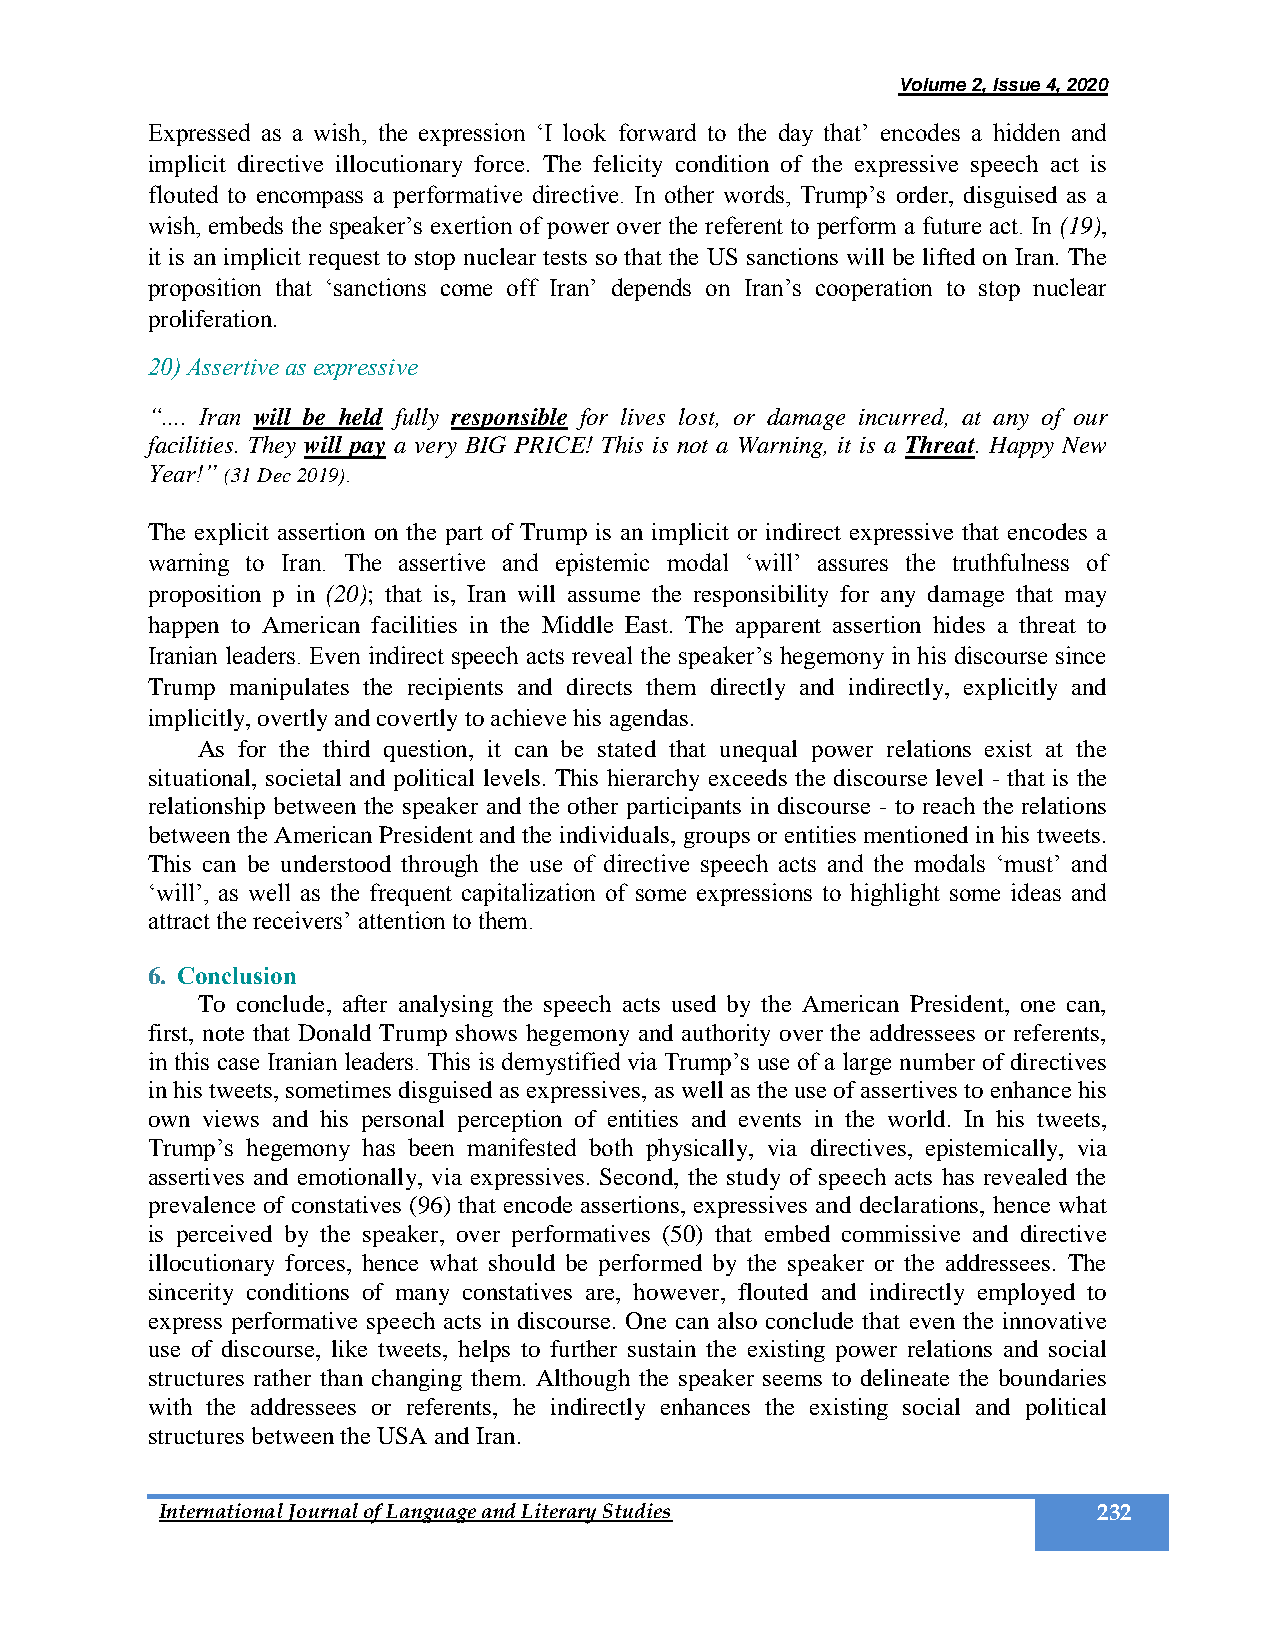
Volume 2, Issue 4, 2020
 Expressed as a wish, the expression ‘I look forward to the day that’ encodes a hidden and
 implicit directive illocutionary force. The felicity condition of the expressive speech act is
 flouted to encompass a performative directive. In other words, Trump’s order, disguised as a
 wish, embeds the speaker’s exertion of power over the referent to perform a future act. In (19),
 it is an implicit request to stop nuclear tests so that the US sanctions will be lifted on Iran. The
 proposition that ‘sanctions come off Iran’ depends on Iran’s cooperation to stop nuclear
 proliferation.
 20) Assertive as expressive
 “.... Iran will be held fully responsible for lives lost, or damage incurred, at any of our
 facilities. They will pay a very BIG PRICE! This is not a Warning, it is a Threat. Happy New
 Year!” (31 Dec 2019).
 The explicit assertion on the part of Trump is an implicit or indirect expressive that encodes a
 warning to Iran. The assertive and epistemic modal ‘will’ assures the truthfulness of
 proposition p in (20); that is, Iran will assume the responsibility for any damage that may
 happen to American facilities in the Middle East. The apparent assertion hides a threat to
 Iranian leaders. Even indirect speech acts reveal the speaker’s hegemony in his discourse since
 Trump manipulates the recipients and directs them directly and indirectly, explicitly and
 implicitly, overtly and covertly to achieve his agendas.
 As for the third question, it can be stated that unequal power relations exist at the
 situational, societal and political levels. This hierarchy exceeds the discourse level - that is the
 relationship between the speaker and the other participants in discourse - to reach the relations
 between the American President and the individuals, groups or entities mentioned in his tweets.
 This can be understood through the use of directive speech acts and the modals ‘must’ and
 ‘will’, as well as the frequent capitalization of some expressions to highlight some ideas and
 attract the receivers’ attention to them.
 6. Conclusion
 To conclude, after analysing the speech acts used by the American President, one can,
 first, note that Donald Trump shows hegemony and authority over the addressees or referents,
 in this case Iranian leaders. This is demystified via Trump’s use of a large number of directives
 in his tweets, sometimes disguised as expressives, as well as the use of assertives to enhance his
 own views and his personal perception of entities and events in the world. In his tweets,
 Trump’s hegemony has been manifested both physically, via directives, epistemically, via
 assertives and emotionally, via expressives. Second, the study of speech acts has revealed the
 prevalence of constatives (96) that encode assertions, expressives and declarations, hence what
 is perceived by the speaker, over performatives (50) that embed commissive and directive
 illocutionary forces, hence what should be performed by the speaker or the addressees. The
 sincerity conditions of many constatives are, however, flouted and indirectly employed to
 express performative speech acts in discourse. One can also conclude that even the innovative
 use of discourse, like tweets, helps to further sustain the existing power relations and social
 structures rather than changing them. Although the speaker seems to delineate the boundaries
 with the addressees or referents, he indirectly enhances the existing social and political
 structures between the USA and Iran.
 International Journal of Language and Literary Studies        232